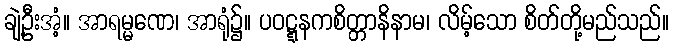
ချဲ့ဦးအံ့။ အာရမ္မဏေ၊ အာရုံ၌။ ပဝဋ္ဋနကစိတ္တာနိနာမ၊ လိမ့်သော စိတ်တို့မည်သည်။